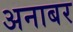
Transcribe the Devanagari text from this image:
अनाबर